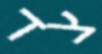
צד